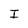
Character: I